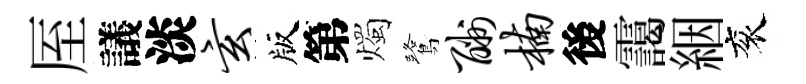
厔議淡玄版第燭鷺酬楠後靄絪衮